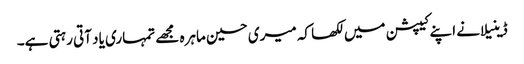
ڈینیلا نے اپنے کیپشن میں لکھا کہ میری حسین ماہرہ مجھے تمہاری یاد آتی رہتی ہے۔